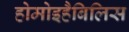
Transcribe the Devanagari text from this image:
होमोइहैबिलिस